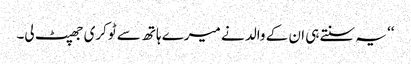
‘‘ یہ سنتے ہی ان کے والد نے میرے ہاتھ سے ٹوکری جھپٹ لی۔